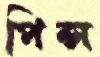
পিন্স